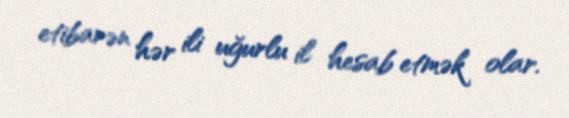
etibarən hər ili uğurlu il hesab etmək olar.